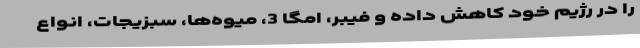
را در رژیم خود کاهش داده و فیبر، امگا 3، میوه‌ها، سبزیجات، انواع